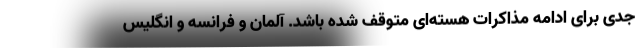
جدی برای ادامه مذاکرات هسته‌ای متوقف شده باشد. آلمان و فرانسه و انگلیس